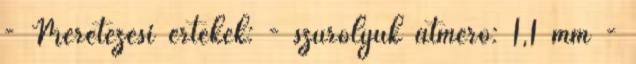
- Méretezési értékek: - szűrőlyuk átmérő: 1,1 mm -